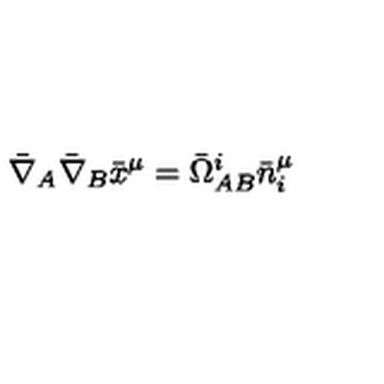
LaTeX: \bar { \nabla } _ { A } \bar { \nabla } _ { B } \bar { x } ^ { \mu } = \bar { \Omega } ^ { i } _ { A B } \bar { n } _ { i } ^ { \mu }